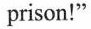
prison!"